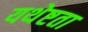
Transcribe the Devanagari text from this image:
यथेष्टता